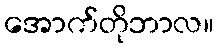
အောက်တိုဘာလ။